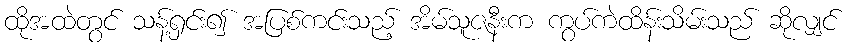
ထိုအထဲတွင် သန့်ရှင်း၍ အပြစ်ကင်းသည့် အိမ်သူဇနီးက ကွပ်ကဲထိန်းသိမ်းသည် ဆိုလျှင်